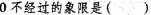
0$$不经过的象限是( )